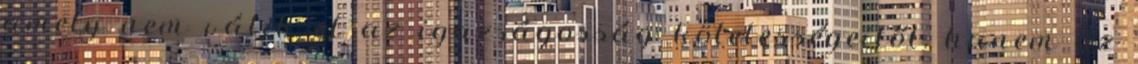
amely nem válik el az igazságosság kötelességeitől, hanem az